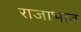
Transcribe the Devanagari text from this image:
राजाभात